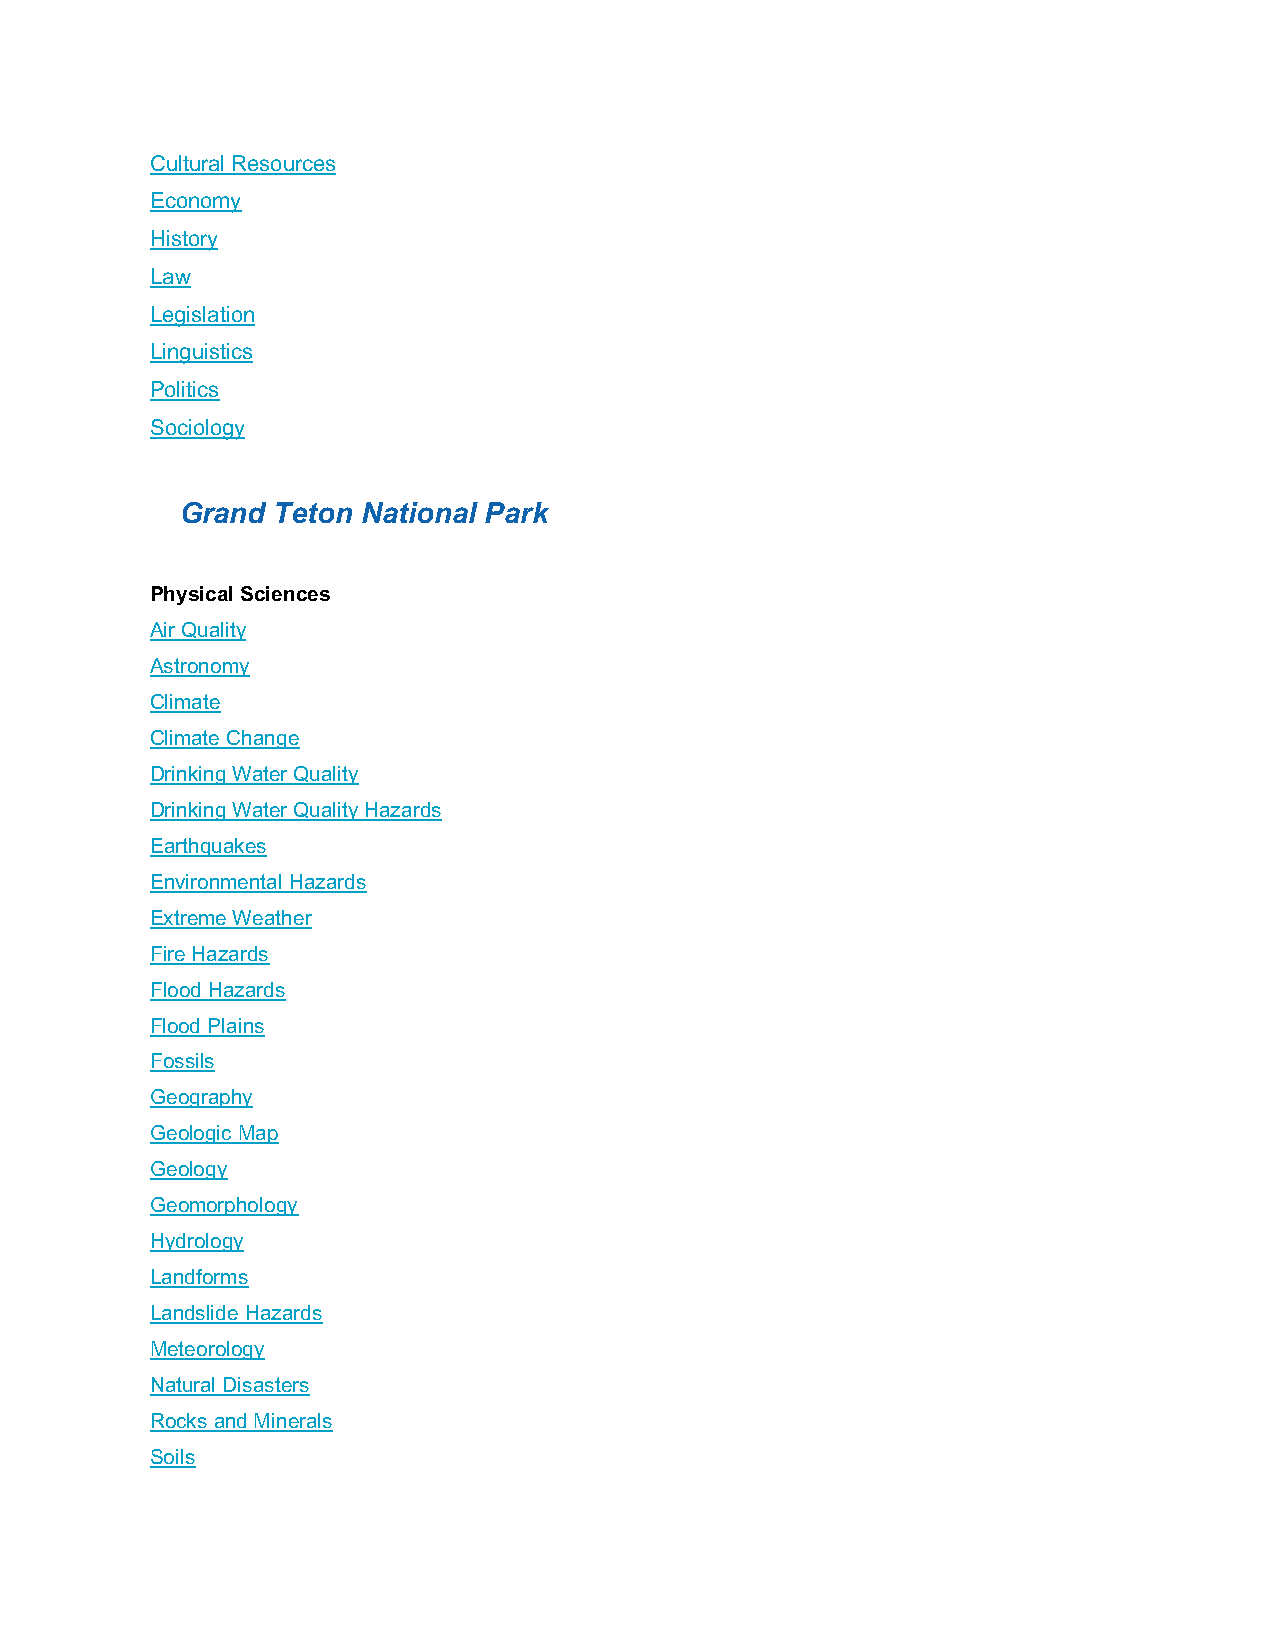
Cultural Resources
 Economy
 History
 Law
 Legislation
 Linguistics
 Politics
 Sociology
 Grand Teton National Park
 Physical Sciences
 Air Quality
 Astronomy
 Climate
 Climate Change
 Drinking Water Quality
 Drinking Water Quality Hazards
 Earthquakes
 Environmental Hazards
 Extreme Weather
 Fire Hazards
 Flood Hazards
 Flood Plains
 Fossils
 Geography
 Geologic Map
 Geology
 Geomorphology
 Hydrology
 Landforms
 Landslide Hazards
 Meteorology
 Natural Disasters
 Rocks and Minerals
 Soils